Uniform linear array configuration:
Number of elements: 48
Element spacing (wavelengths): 0.25
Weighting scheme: kaiser
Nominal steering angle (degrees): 15
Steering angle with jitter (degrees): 13.853
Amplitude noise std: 0.05
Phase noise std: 0.05

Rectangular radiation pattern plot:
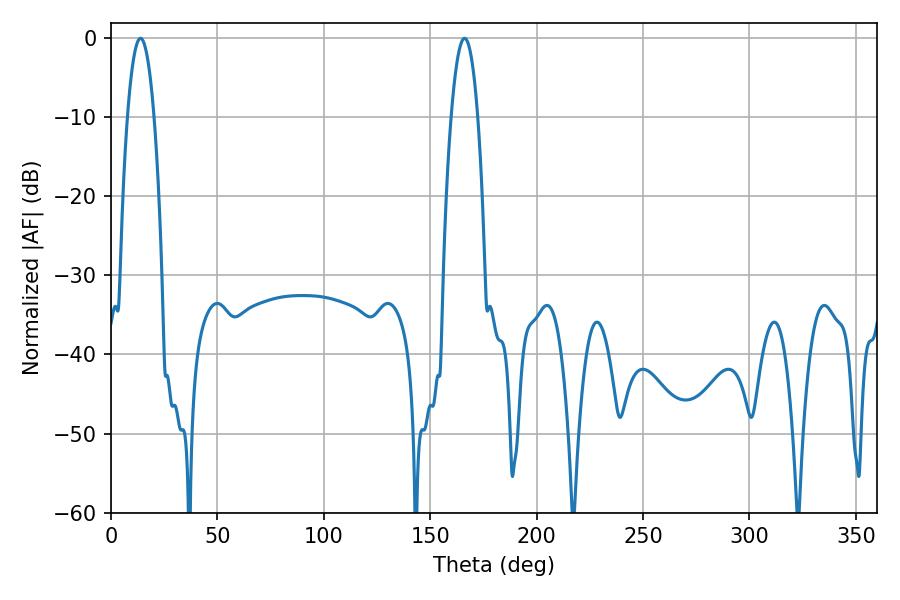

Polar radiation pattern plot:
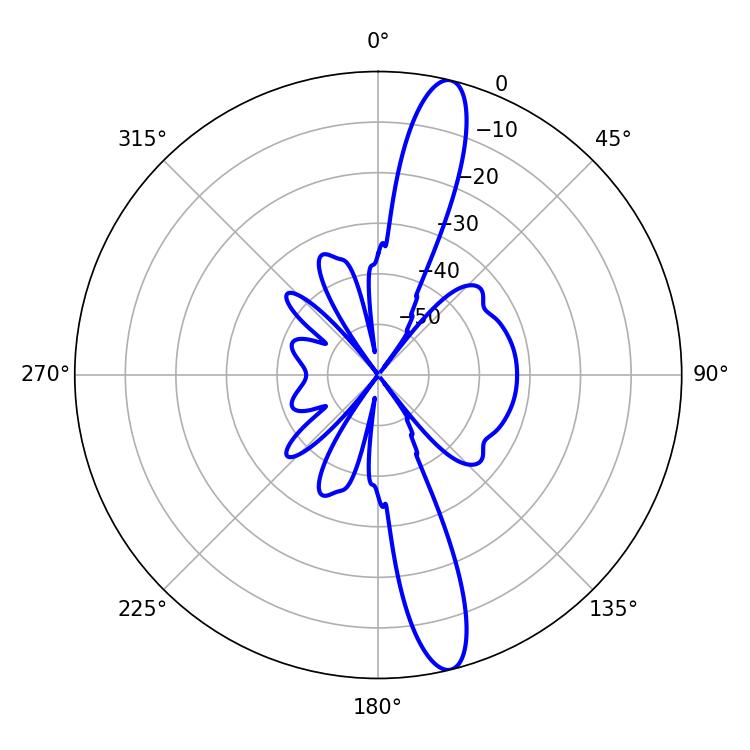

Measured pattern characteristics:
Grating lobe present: FALSE
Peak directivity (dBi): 15.03
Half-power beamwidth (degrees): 6.84
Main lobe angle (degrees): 13.86